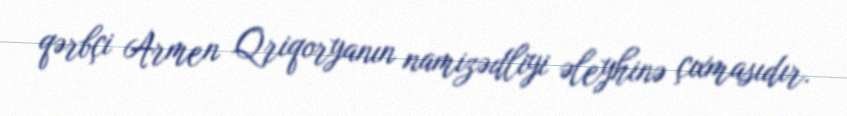
qərbçi Armen Qriqoryanın namizədliyi əleyhinə çıxmasıdır.